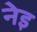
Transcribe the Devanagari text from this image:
नेइ